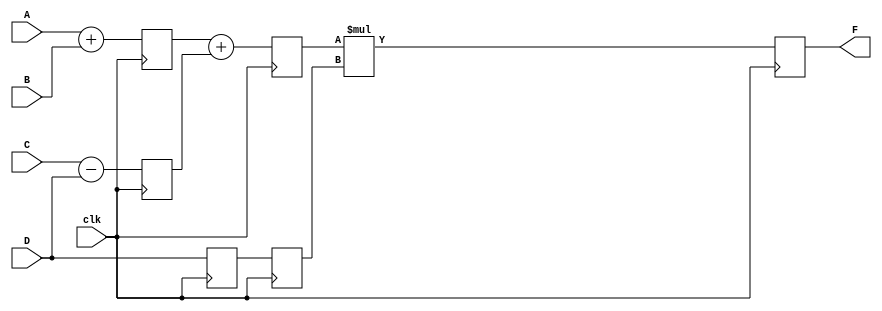
//Design
module pipe_ex(F,A,B,C,D,clk);
  parameter N = 10;
  input [N-1:0] A,B,C,D;
  input clk;
  output [N-1:0] F;
  reg[N-1:0] L12_x1, L12_x2, L12_D, L23_x3, L23_D, L34_F;
  assign F = L34_F;
  always@(posedge clk)
    begin
      L12_x1 <= #4 A+B;
      L12_x2 <= #4 C-D;
      L12_D <= D; //stage 1
    
      L23_x3 <= #4 L12_x1 + L12_x2;
      L23_D <= L12_D; //stage 2
      
      L34_F <= #6 L23_x3 * L23_D; //stage 3
    end
endmodule

//Testbench
module testbench_pipe;
  parameter N=10;
  wire[N-1:0] F;
  reg[N-1:0] A,B,C,D;
  reg clk;
  
  pipe_ex x(F,A,B,C,D,clk);
  
  initial clk = 0;
  
  always #10 clk = ~clk;
  
  initial
    begin
      #5 A=10; B=12; C=6; D=3;
      #20 A=10; B=10; C=5; D=3;
      #20 A=20; B=11; C=1; D=4; 
    end
  
  
  initial
    begin
      $dumpfile("testbench_pipe.vcd");
      $dumpvars(1);
      #100 $finish;
    end
endmodule